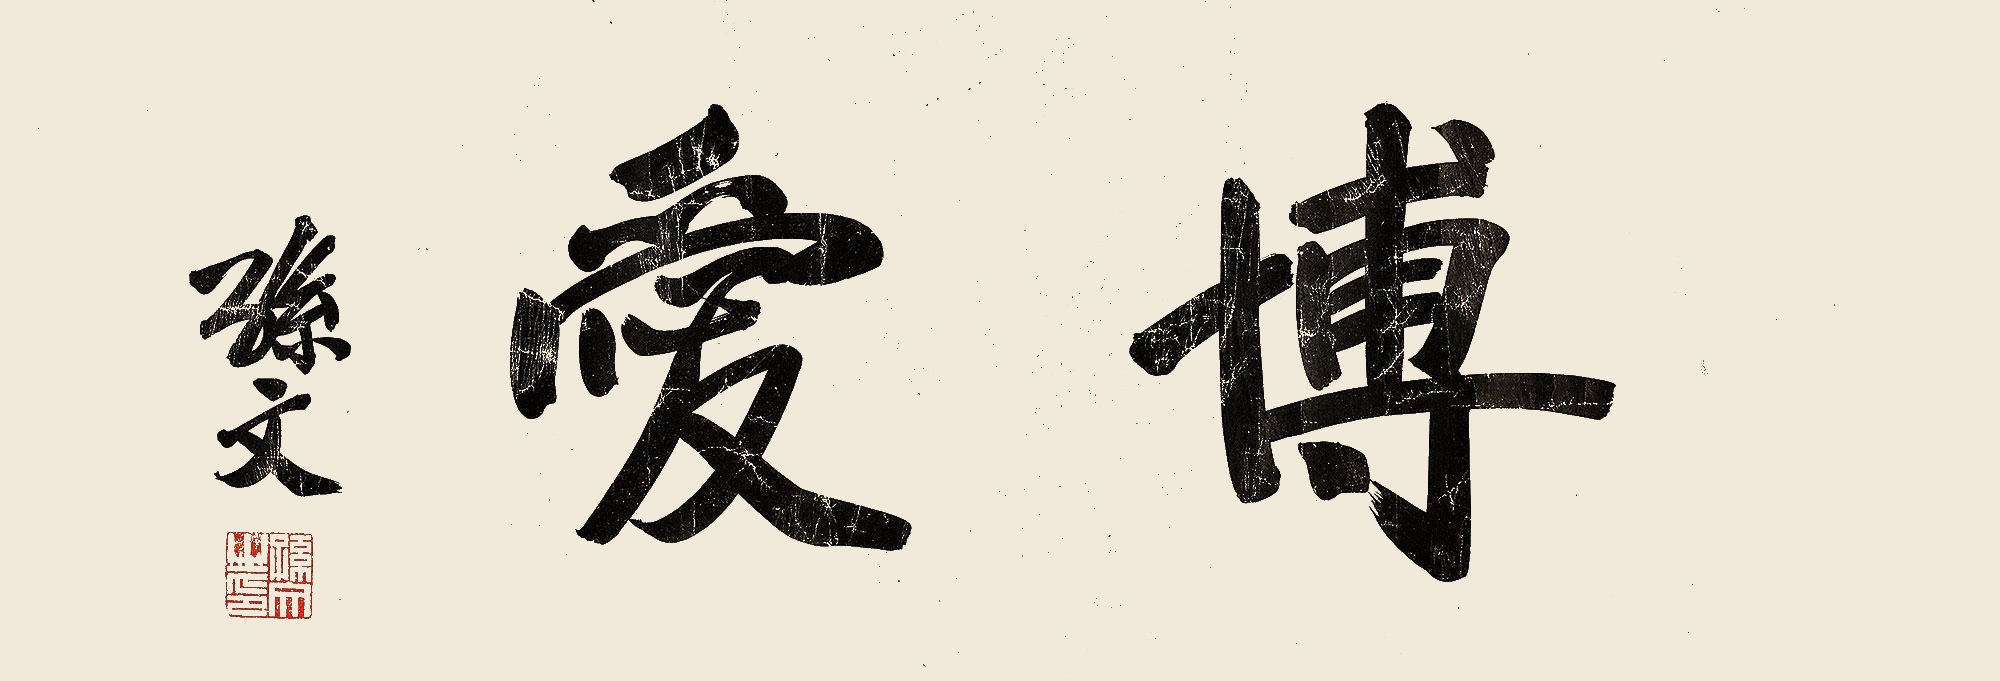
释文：博爱。孙文。